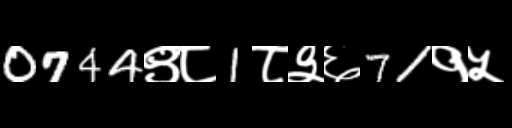
Text: 0744९८1८३६71१५